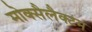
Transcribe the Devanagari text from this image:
मोक्सैलैक्टम